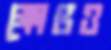
ক্ষোভও